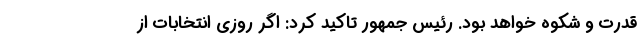
قدرت و شکوه خواهد بود. رئیس جمهور تاکید کرد: اگر روزی انتخابات از